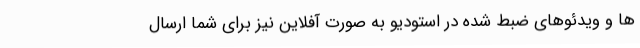
ها و ویدئوهای ضبط شده در استودیو به صورت آفلاین نیز برای شما ارسال